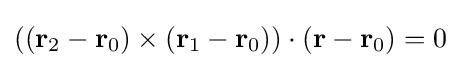
(({\mathbf {r} }_{2}-{\mathbf {r} }_{0})\times ({\mathbf {r} }_{1}-{\mathbf {r} }_{0}))\cdot ({\mathbf {r} }-{\mathbf {r} }_{0})=0